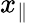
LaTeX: x_{\parallel}